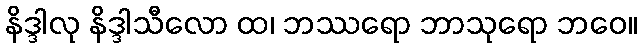
နိဒ္ဒါလု နိဒ္ဒါသီလော ထ၊ ဘဿရော ဘာသုရော ဘဝေ။